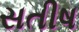
સતીષ